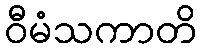
ဝီမံသကာတိ